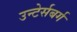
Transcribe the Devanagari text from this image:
उन्टेर्सबर्ग